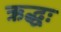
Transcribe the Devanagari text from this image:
ऋद्धः